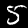
Digit: 5